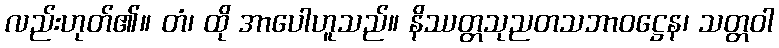
လည်းဟုတ်၏။ တံ၊ ထို အာပေါဟူသည်။ နိဿတ္တသုညတသဘာဝဋ္ဌေန၊ သတ္တဝါ